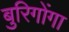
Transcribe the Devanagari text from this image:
बुरिगोंगा